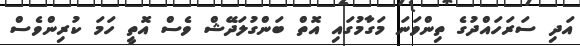
އަދި ސަރަހައްދުގެ ތިންވަނަ މަގާމުގައި އޮތް ބަންގުލަދޭޝް ވެސް އޮތީ ހަމަ ކުރިންވެސް